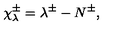
{ \chi } _ { \lambda } ^ { \pm } = \lambda ^ { \pm } - N ^ { \pm } ,